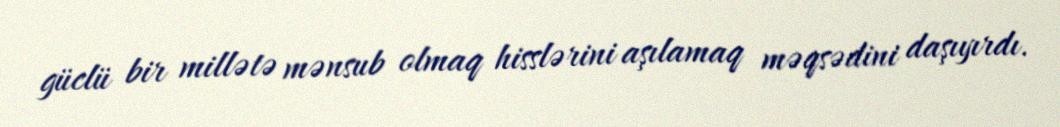
güclü bir millətə mənsub olmaq hisslərini aşılamaq məqsədini daşıyırdı.